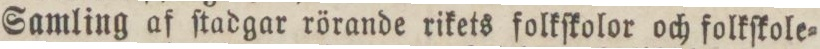
Samling af ſtadgar rörande rikets folkſkolor och folkſkole=